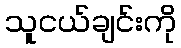
သူငယ်ချင်းကို